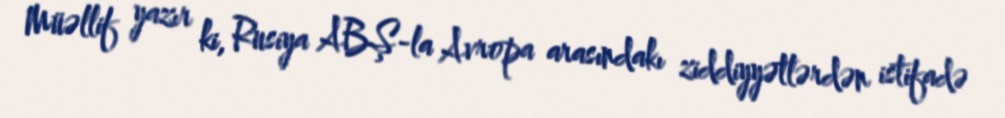
Müəllif yazır ki, Rusiya ABŞ-la Avropa arasındakı ziddiyyətlərdən istifadə